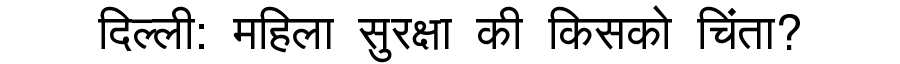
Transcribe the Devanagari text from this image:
दिल्ली: महिला सुरक्षा की किसको चिंता?